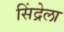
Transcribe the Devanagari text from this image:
सिंद्रेला